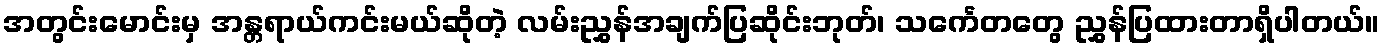
အတွင်းမောင်းမှ အန္တရာယ်ကင်းမယ်ဆိုတဲ့ လမ်းညွှန်အချက်ပြဆိုင်းဘုတ်၊ သင်္ကေတတွေ ညွှန်ပြထားတာရှိပါတယ်။